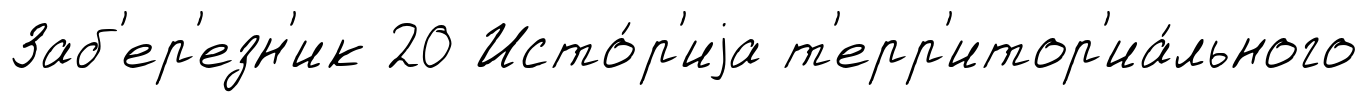
Заб'ер'езн'ик 20 Исто́р'иjа т'ерр'итор'иа́льного